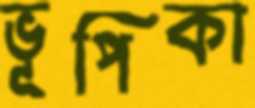
ভূপিকা